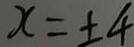
x = \pm 4